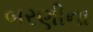
બરણીના